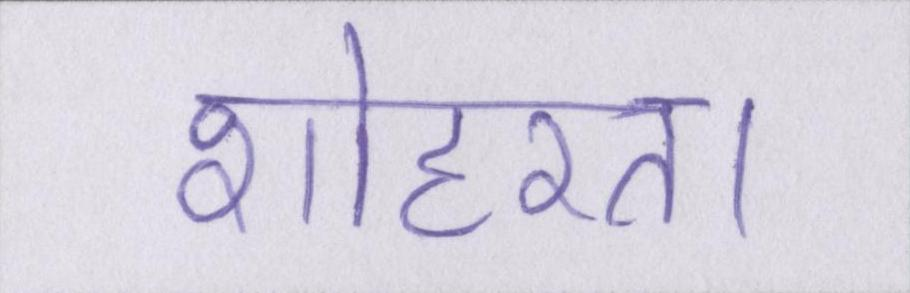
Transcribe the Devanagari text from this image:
शोहरत।